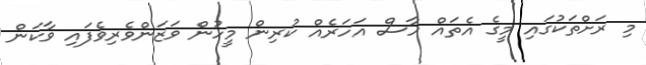
މި ރަށްތަކުގައި މީގެ އެތައް ހާސް އަހަރެއް ކުރިން މީހުން ވަޒަންވެރިވެފައި ވާކަން